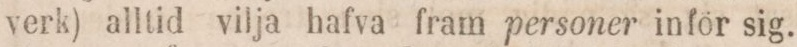
verk) alltid vilja hafva fram personer inför sig.